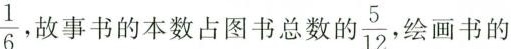
\frac{1}{6}事书的本数占图书总数的 \frac{5}{12} 绘画书的